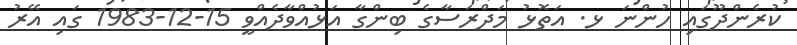
ކުރެންދޫގައި ހުންނަ ޅ. އަތޮޅު މަދްރަސާގެ ބިންގާ އަޅުއްވާދެއްވީ 15-12-1983 ގައި އޭރު